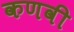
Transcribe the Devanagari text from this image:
कणवी